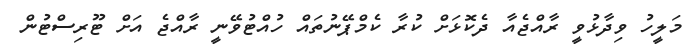
މަލީހު ވިދާޅުވީ ރާއްޖެއާ ދެކޮޅަށް ކުރާ ކެމްޕޭނުތައް ހުއްޓުވޭނީ ރާއްޖެ އަށް ޓޫރިސްޓުން